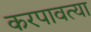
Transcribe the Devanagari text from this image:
करपावत्या